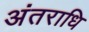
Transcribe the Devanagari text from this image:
अंतराधि